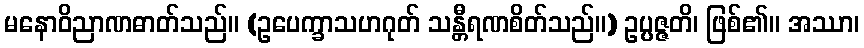
မနောဝိညာဏဓာတ်သည်။ (ဥပေက္ခာသဟဂုတ် သန္တီရဏစိတ်သည်။) ဥပ္ပဇ္ဇတိ၊ ဖြစ်၏။ အဿာ၊